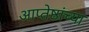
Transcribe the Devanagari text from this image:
आप्‍तेष्ठांच्या